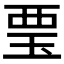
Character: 𧟪